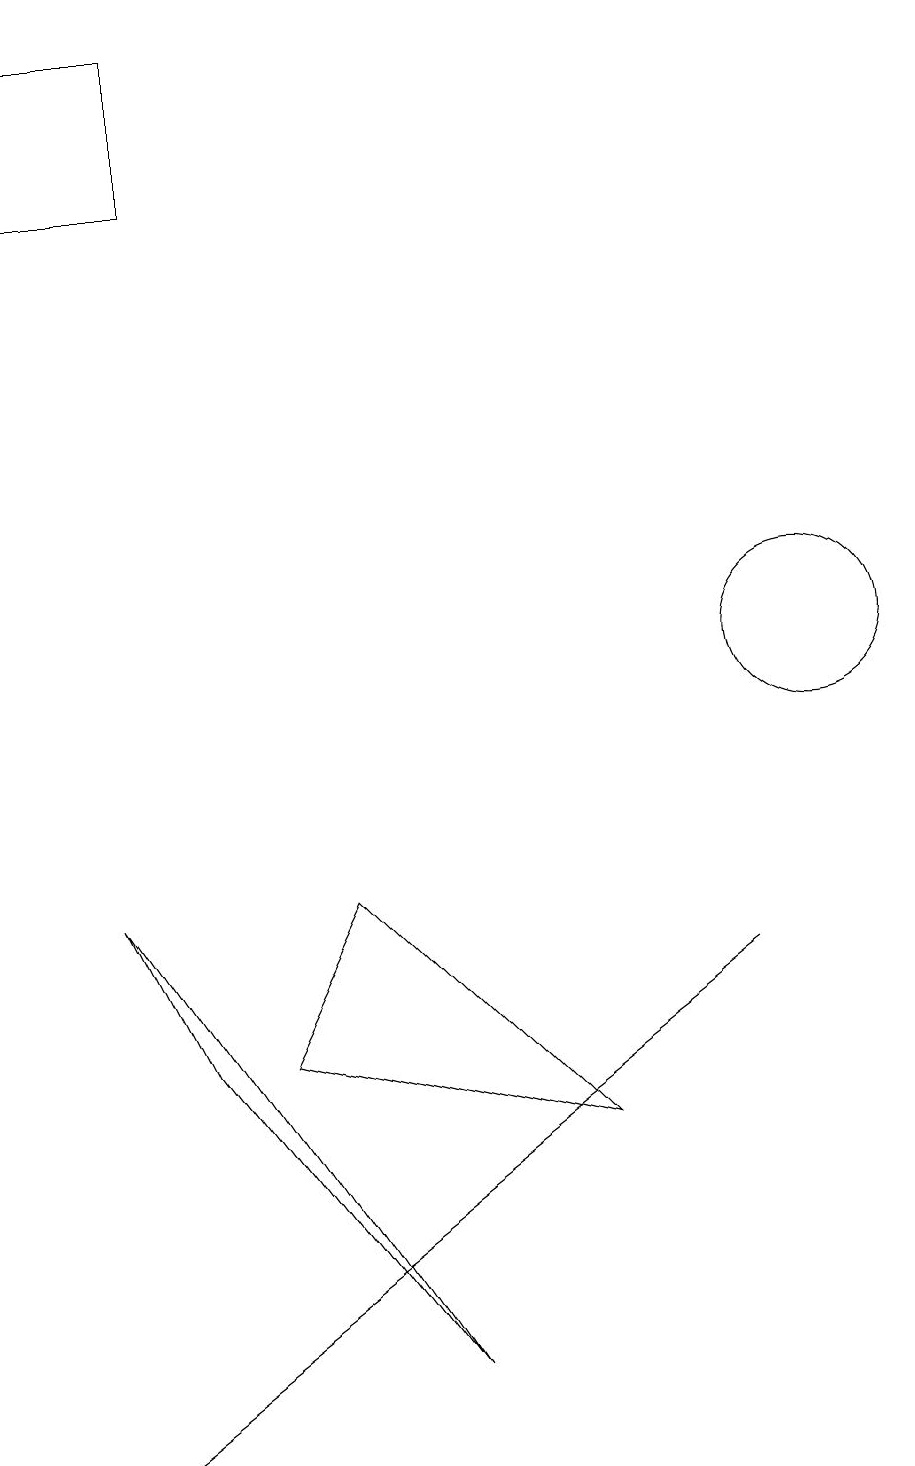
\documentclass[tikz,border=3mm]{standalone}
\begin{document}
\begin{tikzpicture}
\draw (10,11) circle (0);
\draw (1,7) -- (2,5) -- (5,1) -- cycle;
\draw (1,0) -- (9,6) -- (1,0) -- cycle;
\draw (10,10) circle (1);
\draw (2,18) rectangle (0,16);
\draw (4,7) -- (3,5) -- (7,4) -- cycle;
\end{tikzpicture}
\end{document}